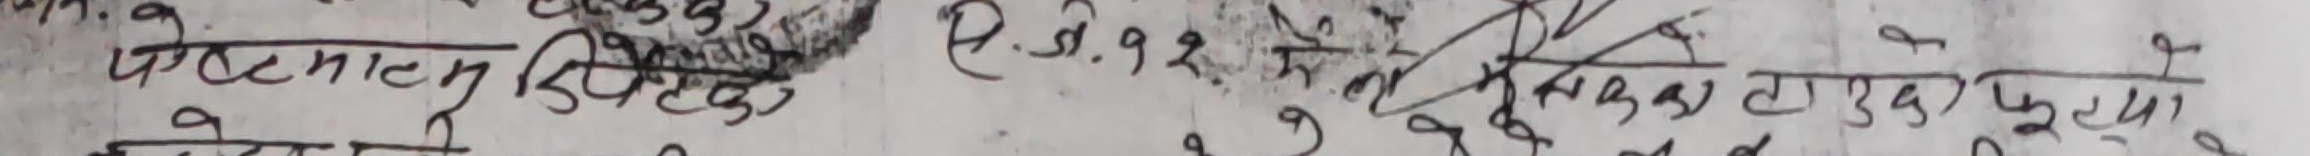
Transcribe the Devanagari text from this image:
क०माट डिहेको
२.९२
लाउके फुर के